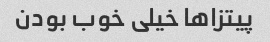
پیتزاها خیلی خوب بودن